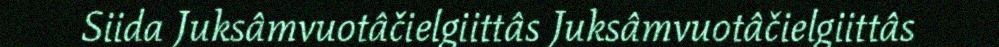
Siida Juksâmvuotâčielgiittâs Juksâmvuotâčielgiittâs